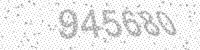
Solution: 945680